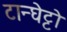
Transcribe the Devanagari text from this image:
टान्घेट्टो